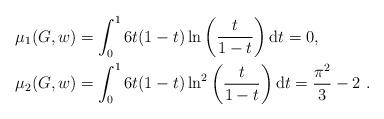
LaTeX: \begin{align*}\mu_1(G,w)&=\int_0^1 6t(1-t)\ln\left(\frac{t}{1-t}\right)\mathrm{d}t=0,\\\mu_2(G,w)&=\int_0^1 6t(1-t)\ln^2\left(\frac{t}{1-t}\right)\mathrm{d}t=\frac{\pi^2}{3}-2\ .\end{align*}